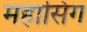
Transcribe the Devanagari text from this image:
महासिंग